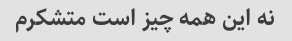
نه این همه چیز است متشکرم